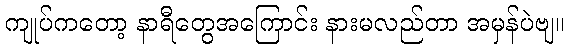
ကျုပ်ကတော့ နာရီတွေအကြောင်း နားမလည်တာ အမှန်ပဲဗျ။